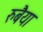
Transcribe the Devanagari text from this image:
रुबैया